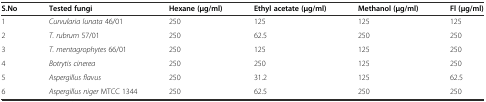
| S.No | Tested fungi | Hexane (μg/ml) | Ethyl acetate (μg/ml) | Methanol (μg/ml) | Fl (μg/ml) |
 | --- | --- | --- | --- | --- | --- |
 | 1 | Curvularia lunata 46/01 | 250 | 125 | 125 | 125 |
 | 2 | T. rubrum 57/01 | 250 | 62.5 | 250 | 250 |
 | 3 | T. mentagrophytes 66/01 | 250 | 125 | 125 | 250 |
 | 4 | Botrytis cinerea | 250 | 250 | 125 | 250 |
 | 5 | Aspergillus flavus | 250 | 31.2 | 125 | 62.5 |
 | 6 | Aspergillus niger MTCC 1344 | 250 | 62.5 | 250 | 250 |